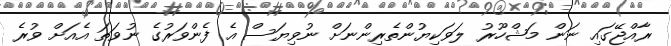
ރާއްޖޭގައި ނަން މަޝްހޫރު ލަވަކިޔުންތެރިންނަށް ނުވިޔަސް އެ ފެންވަރުގެ ނުވަތަ އެއަށް ވުރެ